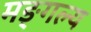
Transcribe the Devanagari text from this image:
मङ्गल्य